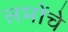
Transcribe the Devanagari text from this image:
लमोंचे